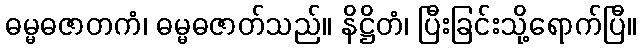
ဓမ္မဓဇာတကံ၊ ဓမ္မဓဇာတ်သည်။ နိဋ္ဌိတံ၊ ပြီးခြင်းသို့ရောက်ပြီ။